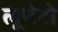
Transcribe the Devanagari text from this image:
लूचेटो